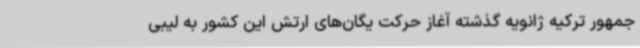
جمهور ترکیه ژانویه گذشته آغاز حرکت یگان‌های ارتش این کشور به لیبی